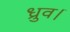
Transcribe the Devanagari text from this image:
ध्रुव।